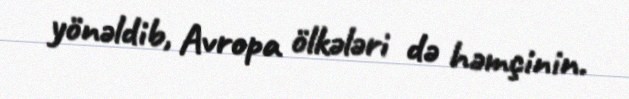
yönəldib, Avropa ölkələri də həmçinin.